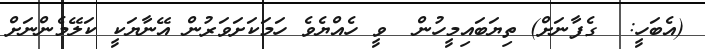
(އެބަހީ:  ގެފާނަށް) ތިޔަބައިމީހުން  ވީ ހެއްޔެވެ ހަމަކަށަވަރުން އޭނާޔަކީ ކަލޭމެންނަށް